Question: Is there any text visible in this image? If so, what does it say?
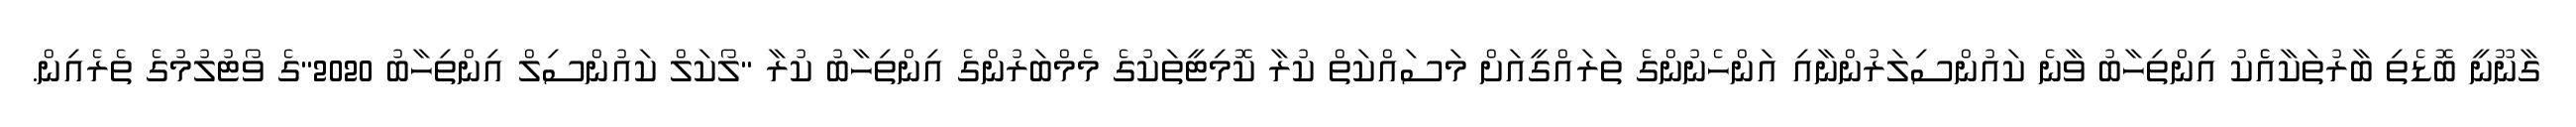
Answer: ގާނޫނީ ބޮޑެތި ބާރުތަކާއެެކު އިންތިހާބު ވާނެ ކައުންސިލަރުންނާއި އަންހެނުންގެ ތަރައްގީއަށް މަސައްކަތް ކުރާ ކޮމިޓީތަކުގެ މެމްބަރުންގެ އިންތިހާބު ކުރާ "ލޯކަލް ކައުންސިލް އިންތިހާބު 2020"ގެ ވޯޓުލުމުގެ ތެރެއިން.